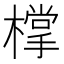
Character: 𣛟